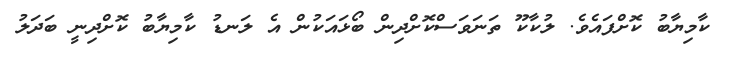
ކާމިޔާބު ކޮށްފައެވެ. ލުކާކޫ ތަނަވަސްކޮށްދިން ބޯޅައަކުން އެ ލަނޑު ކާމިޔާބު ކޮށްދިނީ ބަދަލު